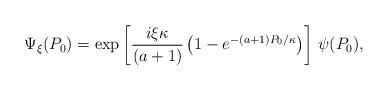
LaTeX: \begin{align*}\Psi_\xi(P_0) = \exp\left[\frac{i\xi\kappa}{(a+1)}\left(1- e^{-(a+1)P_0/\kappa}\right)\right]\, \psi(P_0),\end{align*}